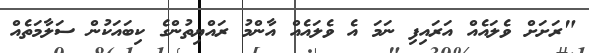
"ރަށަށް ވެލައެއް އަރައިފި ނަމަ އެ ވެލައެއް އާންމު ރައްޔިތުންގެ ކިބައަކުން ސަލާމަތެއް